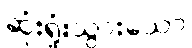
ဆုံးရှုံးသွားသော